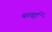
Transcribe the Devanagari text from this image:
थरवई